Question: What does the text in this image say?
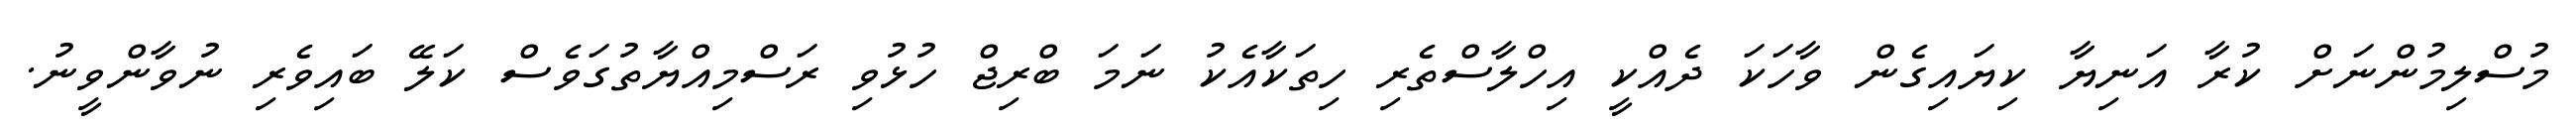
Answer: މުސްލިމުންނަށް ކުރާ އަނިޔާ ކިޔައިގެން ވާހަކަ ދެއްކީ އިހްލާސްތެރި ހިތަކާއެކު ނަމަ ބްރިޖް ހުޅުވި ރަސްމިއްޔާތުގަވެސް ކަލޭ ބައިވެރި ނުވާންވީނު.